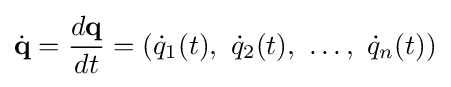
{\dot {\mathbf {q} }}={\frac {d\mathbf {q} }{dt}}=({\dot {q}}_{1}(t),\ {\dot {q}}_{2}(t),\ \ldots ,\ {\dot {q}}_{n}(t))